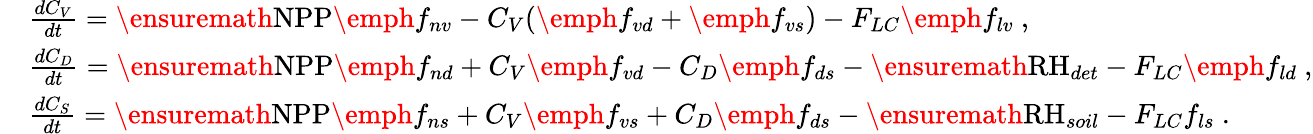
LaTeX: \begin{array}{rl}&{\frac{dC_{V}}{dt}=\ensuremath{\mathrm{NPP}}\emph{f}_{nv}-C_{V}(\emph{f}_{vd}+\emph{f}_{vs})-F_{LC}\emph{f}_{lv}\mathrm{~,}}\\ &{\frac{dC_{D}}{dt}=\ensuremath{\mathrm{NPP}}\emph{f}_{nd}+C_{V}\emph{f}_{vd}-C_{D}\emph{f}_{ds}-\ensuremath{\mathrm{RH}}_{det}-F_{LC}\emph{f}_{ld}\mathrm{~,}}\\ &{\frac{dC_{S}}{dt}=\ensuremath{\mathrm{NPP}}\emph{f}_{ns}+C_{V}\emph{f}_{vs}+C_{D}\emph{f}_{ds}-\ensuremath{\mathrm{RH}}_{soil}-F_{LC}f_{ls}\mathrm{~.}}\end{array}